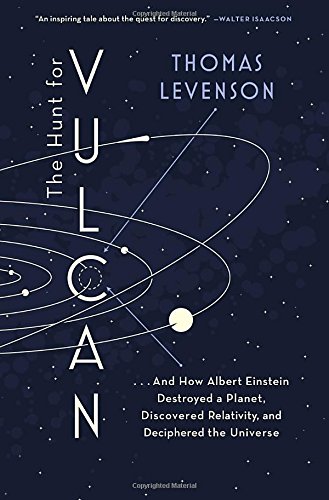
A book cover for The Hunt for Vulcan: . . . And How Albert Einstein Destroyed a Planet, Discovered Relativity, and Deciphered the Universe; Thomas Levenson; Science & Math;